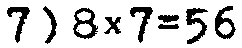
7) 8×7=56